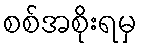
စစ်အစိုးရမှ